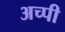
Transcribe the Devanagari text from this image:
अच्पी